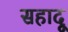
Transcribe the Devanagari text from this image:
सहादू